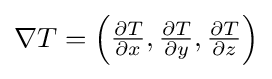
\nabla T={\begin{pmatrix}{\frac {\partial T}{\partial x}},{\frac {\partial T}{\partial y}},{\frac {\partial T}{\partial z}}\end{pmatrix}}